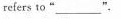
refers to“_________".